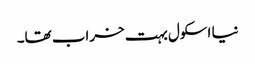
نیا اسکول بہت خراب تھا۔